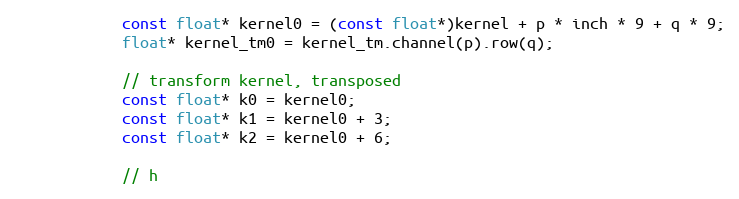
Language: C
            const float* kernel0 = (const float*)kernel + p * inch * 9 + q * 9;
            float* kernel_tm0 = kernel_tm.channel(p).row(q);

            // transform kernel, transposed
            const float* k0 = kernel0;
            const float* k1 = kernel0 + 3;
            const float* k2 = kernel0 + 6;

            // h